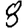
Digit: 8